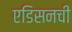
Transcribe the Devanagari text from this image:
एडिसनची